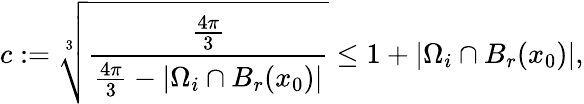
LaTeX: c:=\sqrt[3]{\frac{\frac{4\pi}{3}}{\frac{4\pi}{3}-|\Omega_{i}\cap B_{r}(x_{0})|}}\leq 1+|\Omega_{i}\cap B_{r}(x_{0})|,